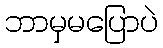
ဘာမှမပြောပဲ